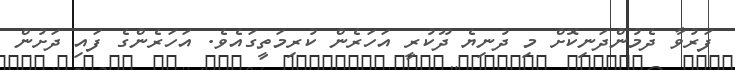
ފަރުވާ ދެމުންދަނިކޮށް މި ދުނިޔެ ދޫކުރީ އަހަރެން ކުރިމަތީގައެވެ. އަހަރެންގެ ފައި ދަށުން